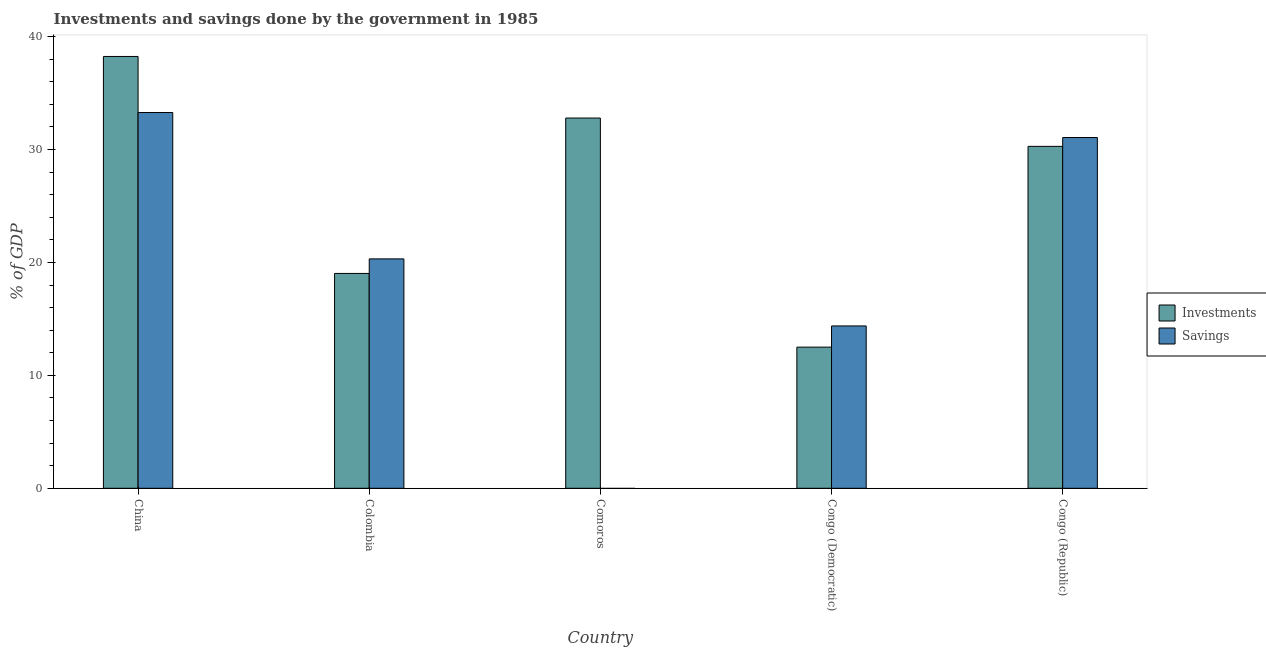
| Country | Investments | Savings |
 | --- | --- | --- |
 | China | 38.2 | 33.3 |
 | Colombia | 19 | 20.3 |
 | Comoros | 32.8 | -0.268 |
 | Congo (Democratic) | 12.5 | 14.4 |
 | Congo (Republic) | 30.3 | 31.1 |